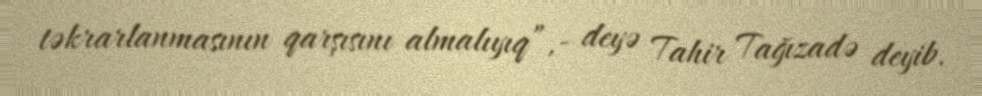
təkrarlanmasının qarşısını almalıyıq”,- deyə Tahir Tağızadə deyib.